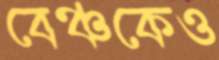
বেঞ্চকেও